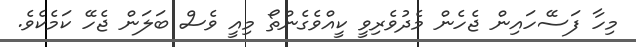
މިހާ ފަސޭހައިން ޖެހެން މެދުވެރިވީ ކީއްވެގެންތޯ މިއީ ވެސް ބަލަން ޖެހޭ ކަމެކެވެ.